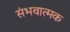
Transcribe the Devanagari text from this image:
संभवात्मक